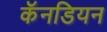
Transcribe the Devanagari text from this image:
कॅनडियन